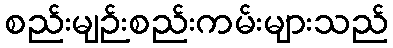
စည်းမျဉ်းစည်းကမ်းများသည်